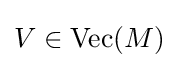
V\in {\text{Vec}}(M)